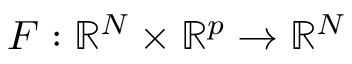
F : \mathbb { R } ^ { N } \times \mathbb { R } ^ { p } \to \mathbb { R } ^ { N }